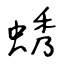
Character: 蜏